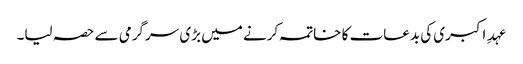
عہدِ اکبری کی بدعات کا خاتمہ کرنے میں بڑی سرگرمی سے حصہ لیا۔